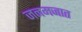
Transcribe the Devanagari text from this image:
जनमजात